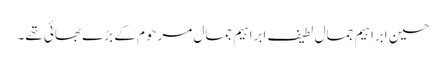
حسین ابراہیم جمال لطیف ابراہیم جمال مرحوم کے بڑے بھائی تھے۔